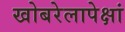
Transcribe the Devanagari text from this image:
खोबरेलापेक्षां